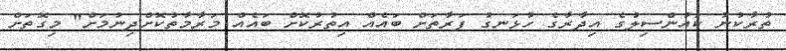
ތުރާކުނު ކައުންސިލުގެ އިދާރާގެ ހުޅަނގު ފަރާތަށް ބައެއް އިތުރުކޮށް ބައެއް މަރާމާތުކޮށްދިނުމަށް" މިގޮތަށް